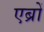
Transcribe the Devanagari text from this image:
एब्रों